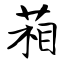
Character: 葙